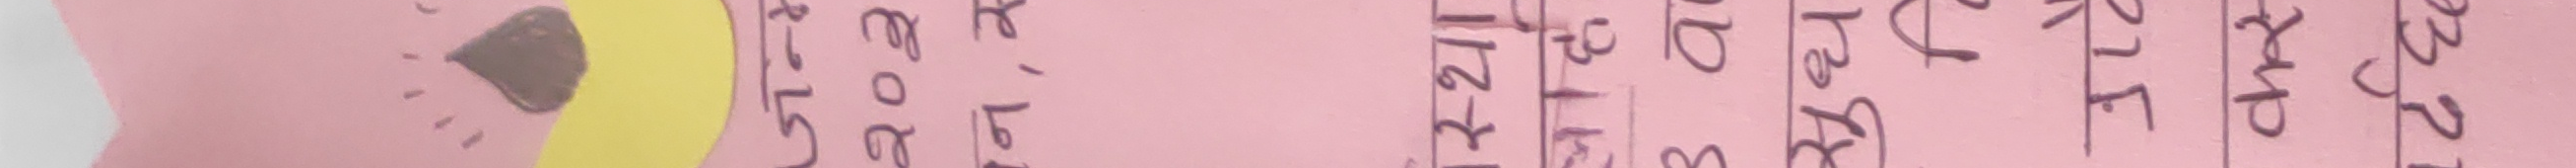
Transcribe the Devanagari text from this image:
२०७९
मिति २०७९/३/२१
२२/७२२